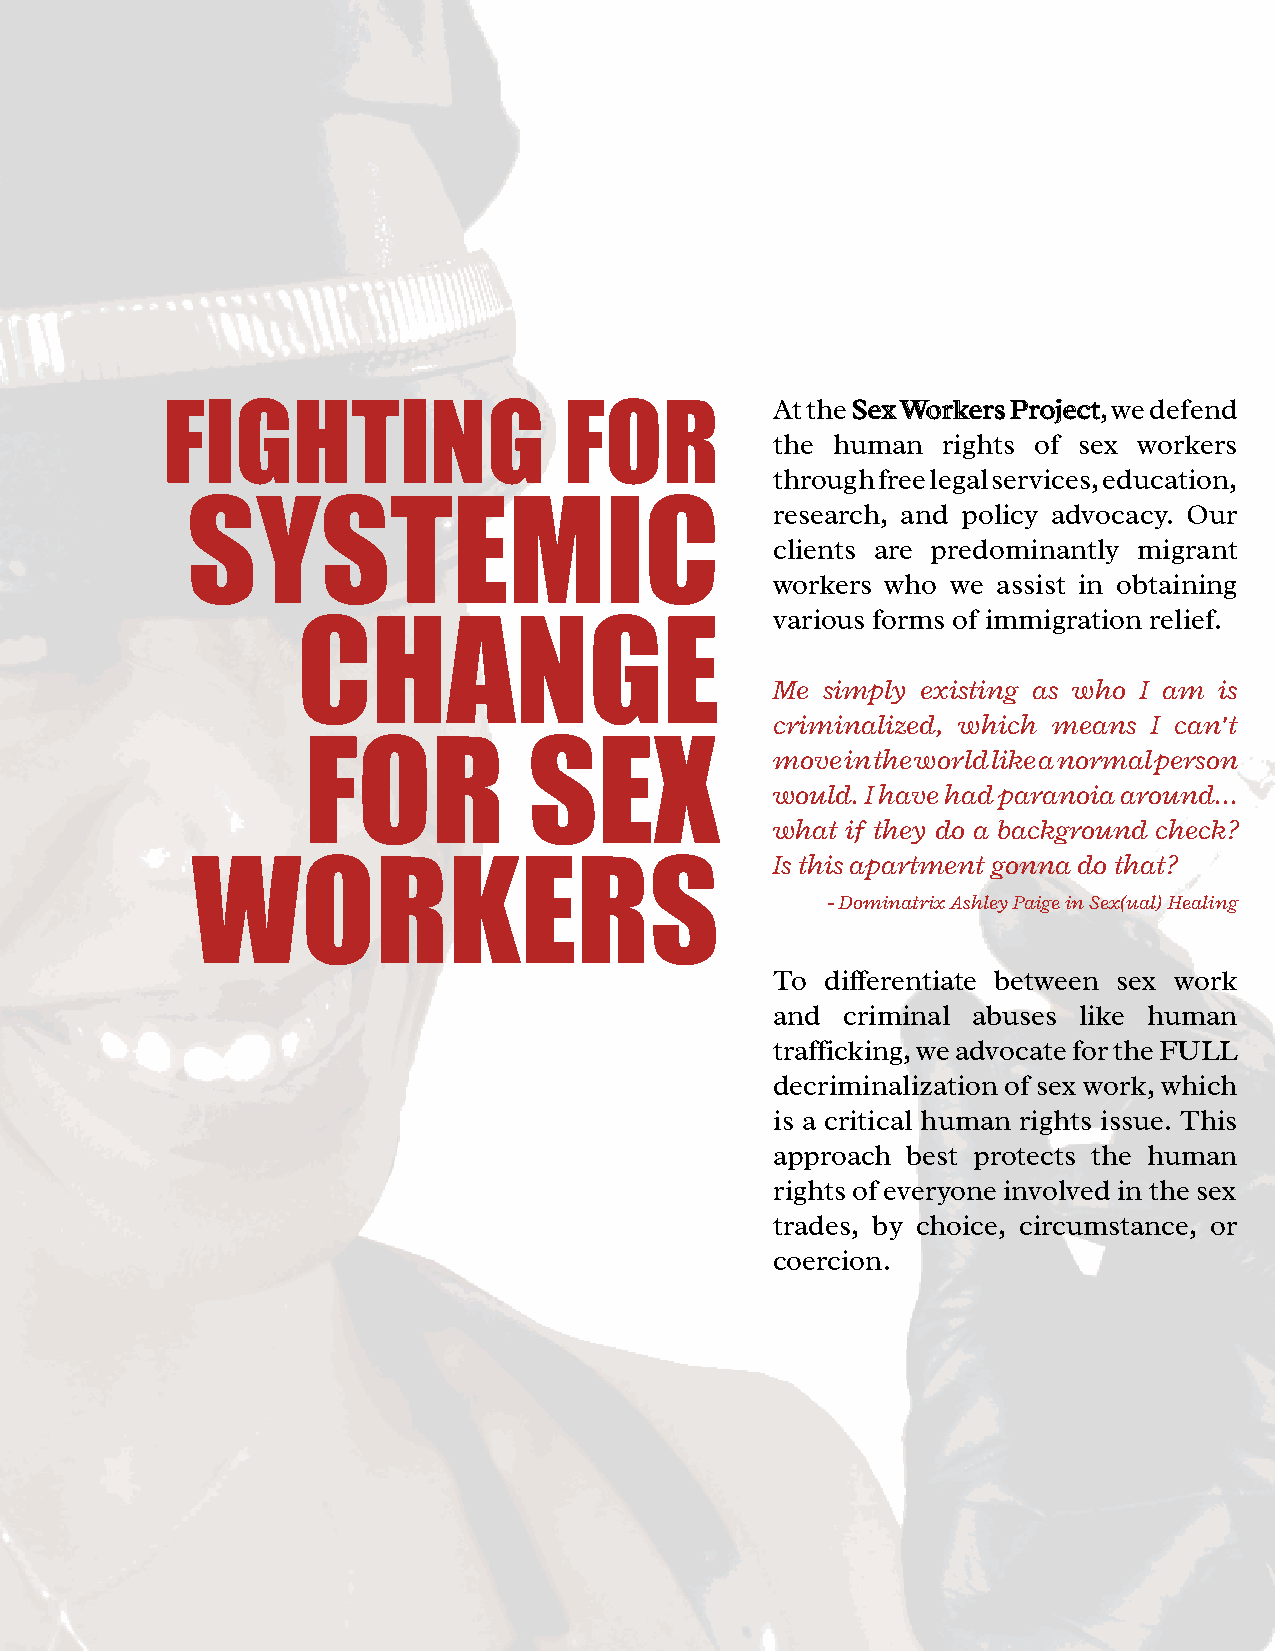
At the SSeexx WWoorrkkeerrss PPrroojjeecctt, we defend
 FIGHTING                  FOR
 the human  rights of sex workers
 through free legal services, education,
 research, and policy advocacy. Our
 SYSTEMIC
 clients are predominantly migrant
 workers who we assist in obtaining
 various forms of immigration relief.
 CHANGE
 Me simply existing as who I am is
 criminalized, which means I can’t
 FOR            SEX             move in the world like a normal person
 would. I have had paranoia around...
 what if they do a background check?
 Is this apartment gonna do that?
 WORKERS
 - Dominatrix Ashley Paige in Sex(ual) Healing
 To  differentiate between sex work
 and  criminal abuses like human
 trafficking, we advocate for the FULL
 decriminalization of sex work, which
 is a critical human rights issue. This
 approach best protects the human
 rights of everyone involved in the sex
 trades, by choice, circumstance, or
 coercion.